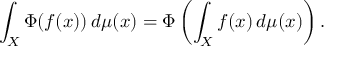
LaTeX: \int _ { X } \Phi ( f ( x ) ) \, d \mu ( x ) = \Phi \left( \int _ { X } f ( x ) \, d \mu ( x ) \right) .